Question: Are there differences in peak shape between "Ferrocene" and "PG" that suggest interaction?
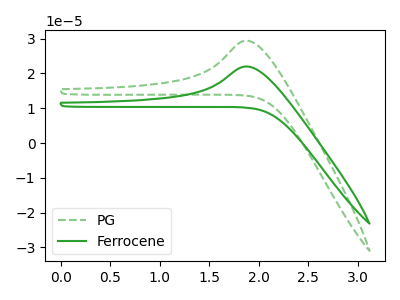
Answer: <think>The green dashed curve "PG" has an anodic peak at: (1.90V, 29.40uA). The green curve "Ferrocene" has an anodic peak at: (1.90V, 22.00uA).
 All the peaks in "Ferrocene" have a peak in "PG" at the same potential. Every peak in "Ferrocene" is lower than every peak in "PG".</think>
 <answer>No, "Ferrocene" and "PG" don't appear to be significantly different in shape</answer>
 <eval>no_change</eval>